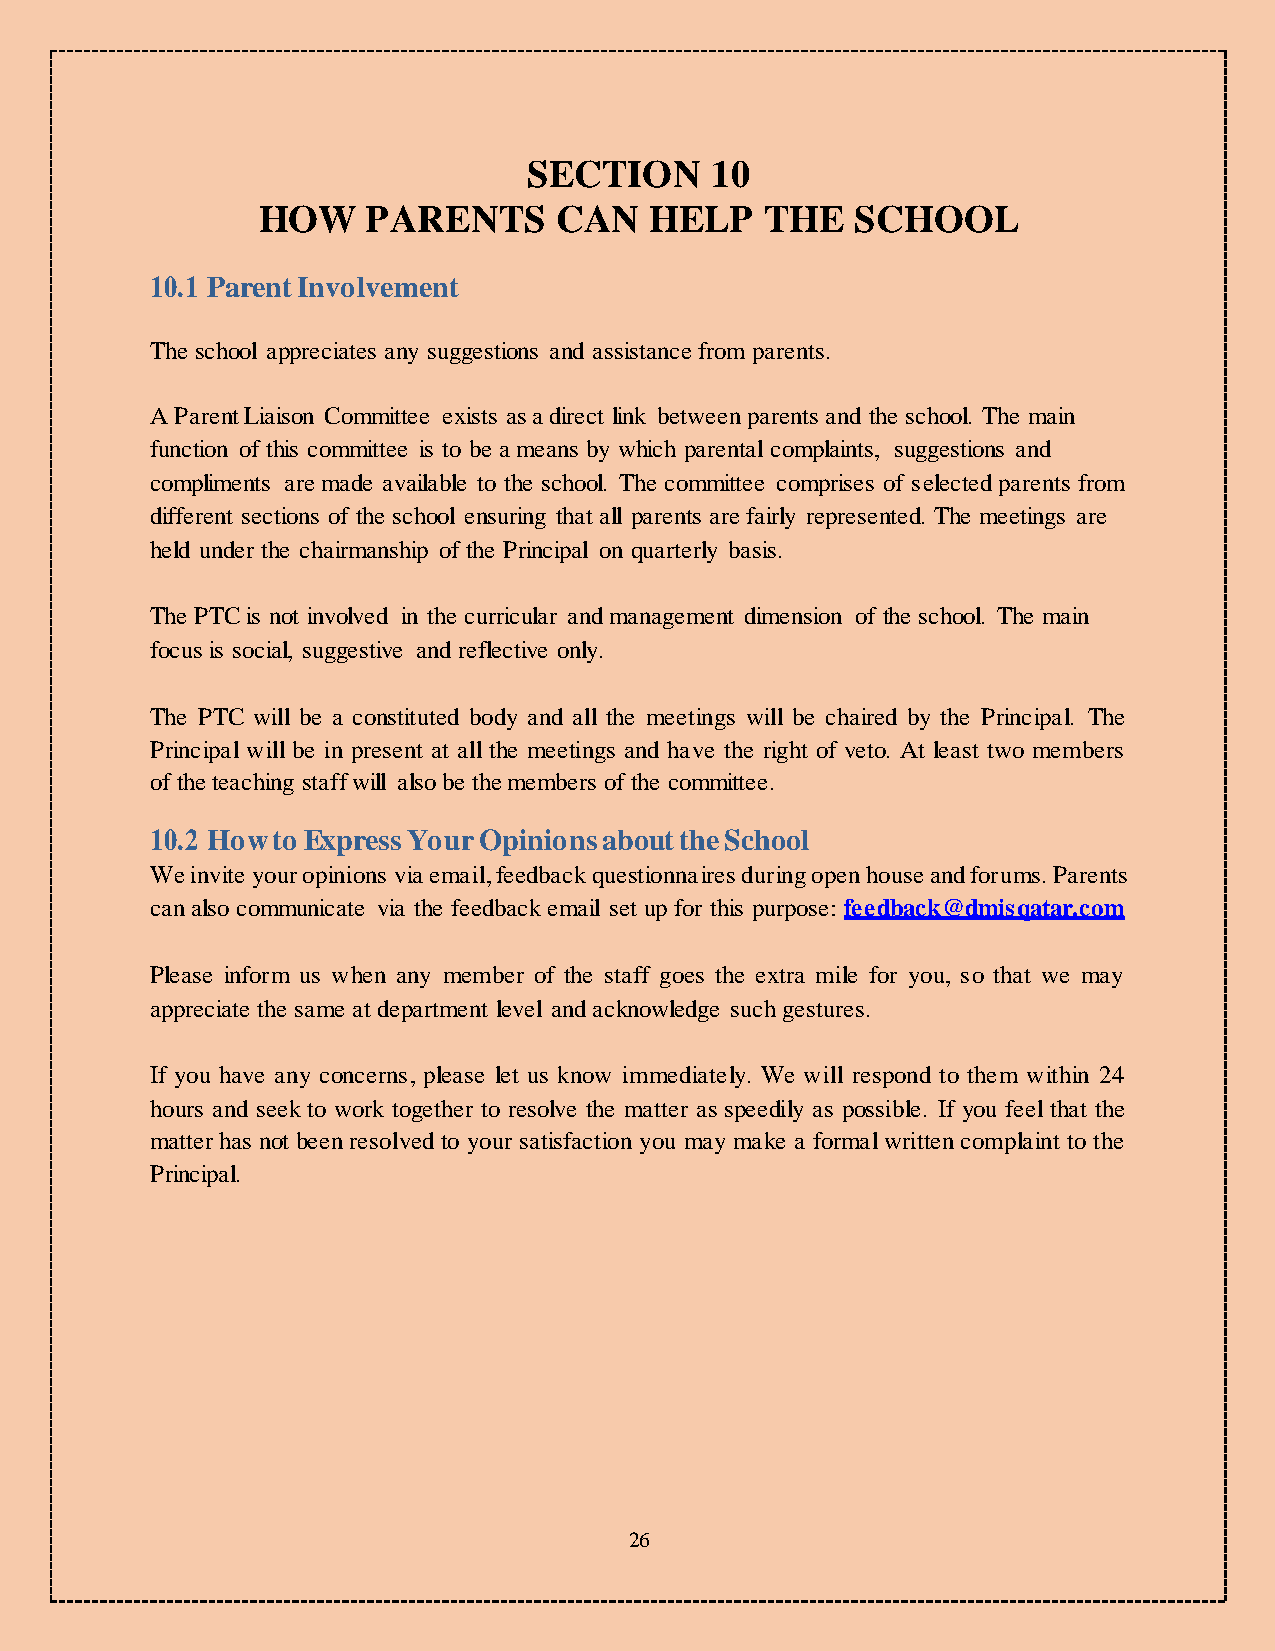
SECTION     10
 HOW    PARENTS      CAN   HELP    THE   SCHOOL
 10.1 Parent Involvement
 The school appreciates any suggestions and assistance from parents.
 A Parent Liaison Committee exists as a direct link between parents and the school. The main
 function of this committee is to be a means by which parental complaints, suggestions and
 compliments are made available to the school. The committee comprises of selected parents from
 different sections of the school ensuring that all parents are fairly represented. The meetings are
 held under the chairmanship of the Principal on quarterly basis.
 The PTC is not involved in the curricular and management dimension of the school. The main
 focus is social, suggestive and reflective only.
 The PTC will be a constituted body and all the meetings will be chaired by the Principal. The
 Principal will be in present at all the meetings and have the right of veto. At least two members
 of the teaching staff will also be the members of the committee.
 10.2 How to Express Your Opinions about the School
 We invite your opinions via email, feedback questionnaires during open house and forums. Parents
 can also communicate via the feedback email set up for this purpose: feedback@dmisqatar.com
 Please inform us when any member of the staff goes the extra mile for you, so that we may
 appreciate the same at department level and acknowledge such gestures.
 If you have any concerns, please let us know immediately. We will respond to them within 24
 hours and seek to work together to resolve the matter as speedily as possible. If you feel that the
 matter has not been resolved to your satisfaction you may make a formal written complaint to the
 Principal.
 26